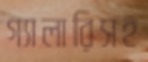
গ্যালারিসহ